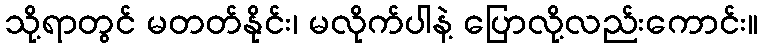
သို့ရာတွင် မတတ်နိုင်း၊ မလိုက်ပါနဲ့ ပြောလို့လည်းကောင်း။